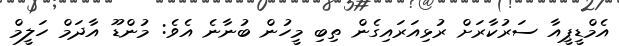
އެމްޑީޕީއާ ސަރުކާރަށް ރުޅިއަރައިގެން ތިބި މީހުން ބުނާނެ އެވެ: މުންޑޫ އާދަމް ހަލީމް